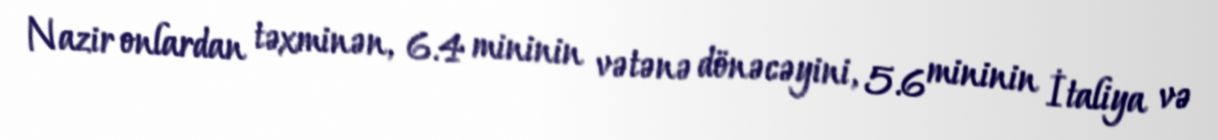
Nazir onlardan təxminən, 6.4 mininin vətənə dönəcəyini, 5.6 mininin İtaliya və